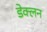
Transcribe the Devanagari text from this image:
डेक्लन